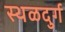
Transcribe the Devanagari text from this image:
स्थळदुर्ग